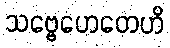
သဗ္ဗေဟေတေဟိ